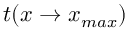
t ( x \to x _ { m a x } )